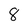
Character: 8